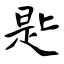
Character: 匙